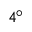
4 ^ { \circ }